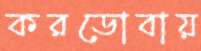
করডোবায়